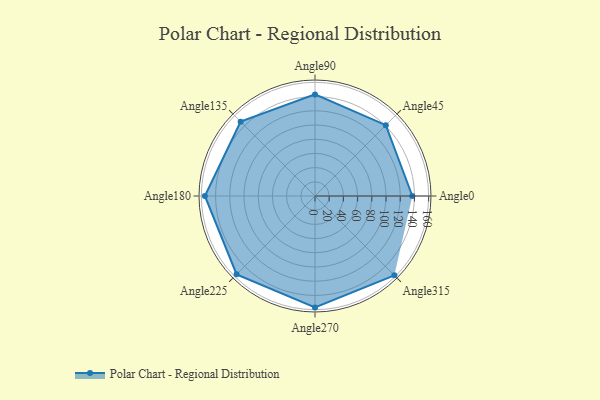
{"axis": {"x": "Angle", "y": "Radius"}, "legend": [""], "data": [{"x": "Angle0", "y": 137.0, "type": ""}, {"x": "Angle45", "y": 141.0, "type": ""}, {"x": "Angle90", "y": 143.0, "type": ""}, {"x": "Angle135", "y": 148.0, "type": ""}, {"x": "Angle180", "y": 155.0, "type": ""}, {"x": "Angle225", "y": 156.0, "type": ""}, {"x": "Angle270", "y": 157.0, "type": ""}, {"x": "Angle315", "y": 158.0, "type": ""}]}